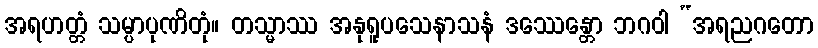
အရဟတ္တံ သမ္ပာပုဏိတုံ။ တသ္မာဿ အနုရူပသေနာသနံ ဒဿေန္တော ဘဂဝါ “အရညဂတော